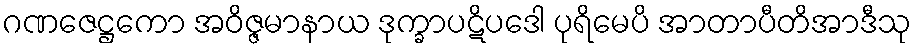
ဂဏဇေဋ္ဌကော အဝိဇ္ဇမာနာယ ဒုက္ခာပဋိပဒေါ ပုရိမေပိ အာတာပီတိအာဒီသု